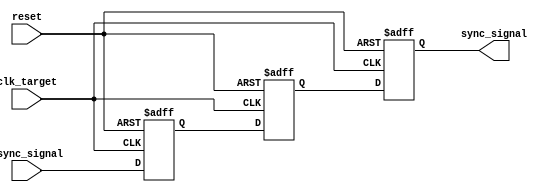
module signal_crossing_synchronizer (
    input wire clk_target,      // Target clock (Receiver Clock)
    input wire async_signal,    // Asynchronous input signal from the source clock domain
    input wire reset,           // Optional reset signal
    output reg sync_signal      // Synchronized output signal
);

// Internal signals for the dual flip-flop synchronizer
reg ff1;  // First flip-flop output
reg ff2;  // Second flip-flop output

// Dual Flip-Flop Synchronizer
always @(posedge clk_target or posedge reset) begin
    if (reset) begin
        ff1 <= 1'b0;          // Reset FF1 to a known state
        ff2 <= 1'b0;          // Reset FF2 to a known state
        sync_signal <= 1'b0;  // Reset output to a known state
    end else begin
        ff1 <= async_signal;  // Capture the asynchronous signal in FF1
        ff2 <= ff1;           // Capture the output of FF1 in FF2
        sync_signal <= ff2;   // Output the value of FF2
    end
end

endmodule